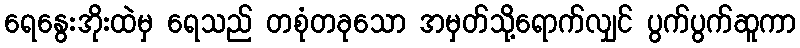
ရေနွေးအိုးထဲမှ ရေသည် တစုံတခုသော အမှတ်သို့ရောက်လျှင် ပွက်ပွက်ဆူကာ